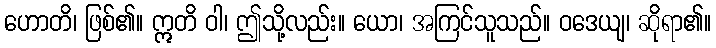
ဟောတိ၊ ဖြစ်၏။ ဣတိ ဝါ၊ ဤသို့လည်း။ ယော၊ အကြင်သူသည်။ ဝဒေယျ၊ ဆိုရာ၏။